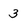
Character: 3